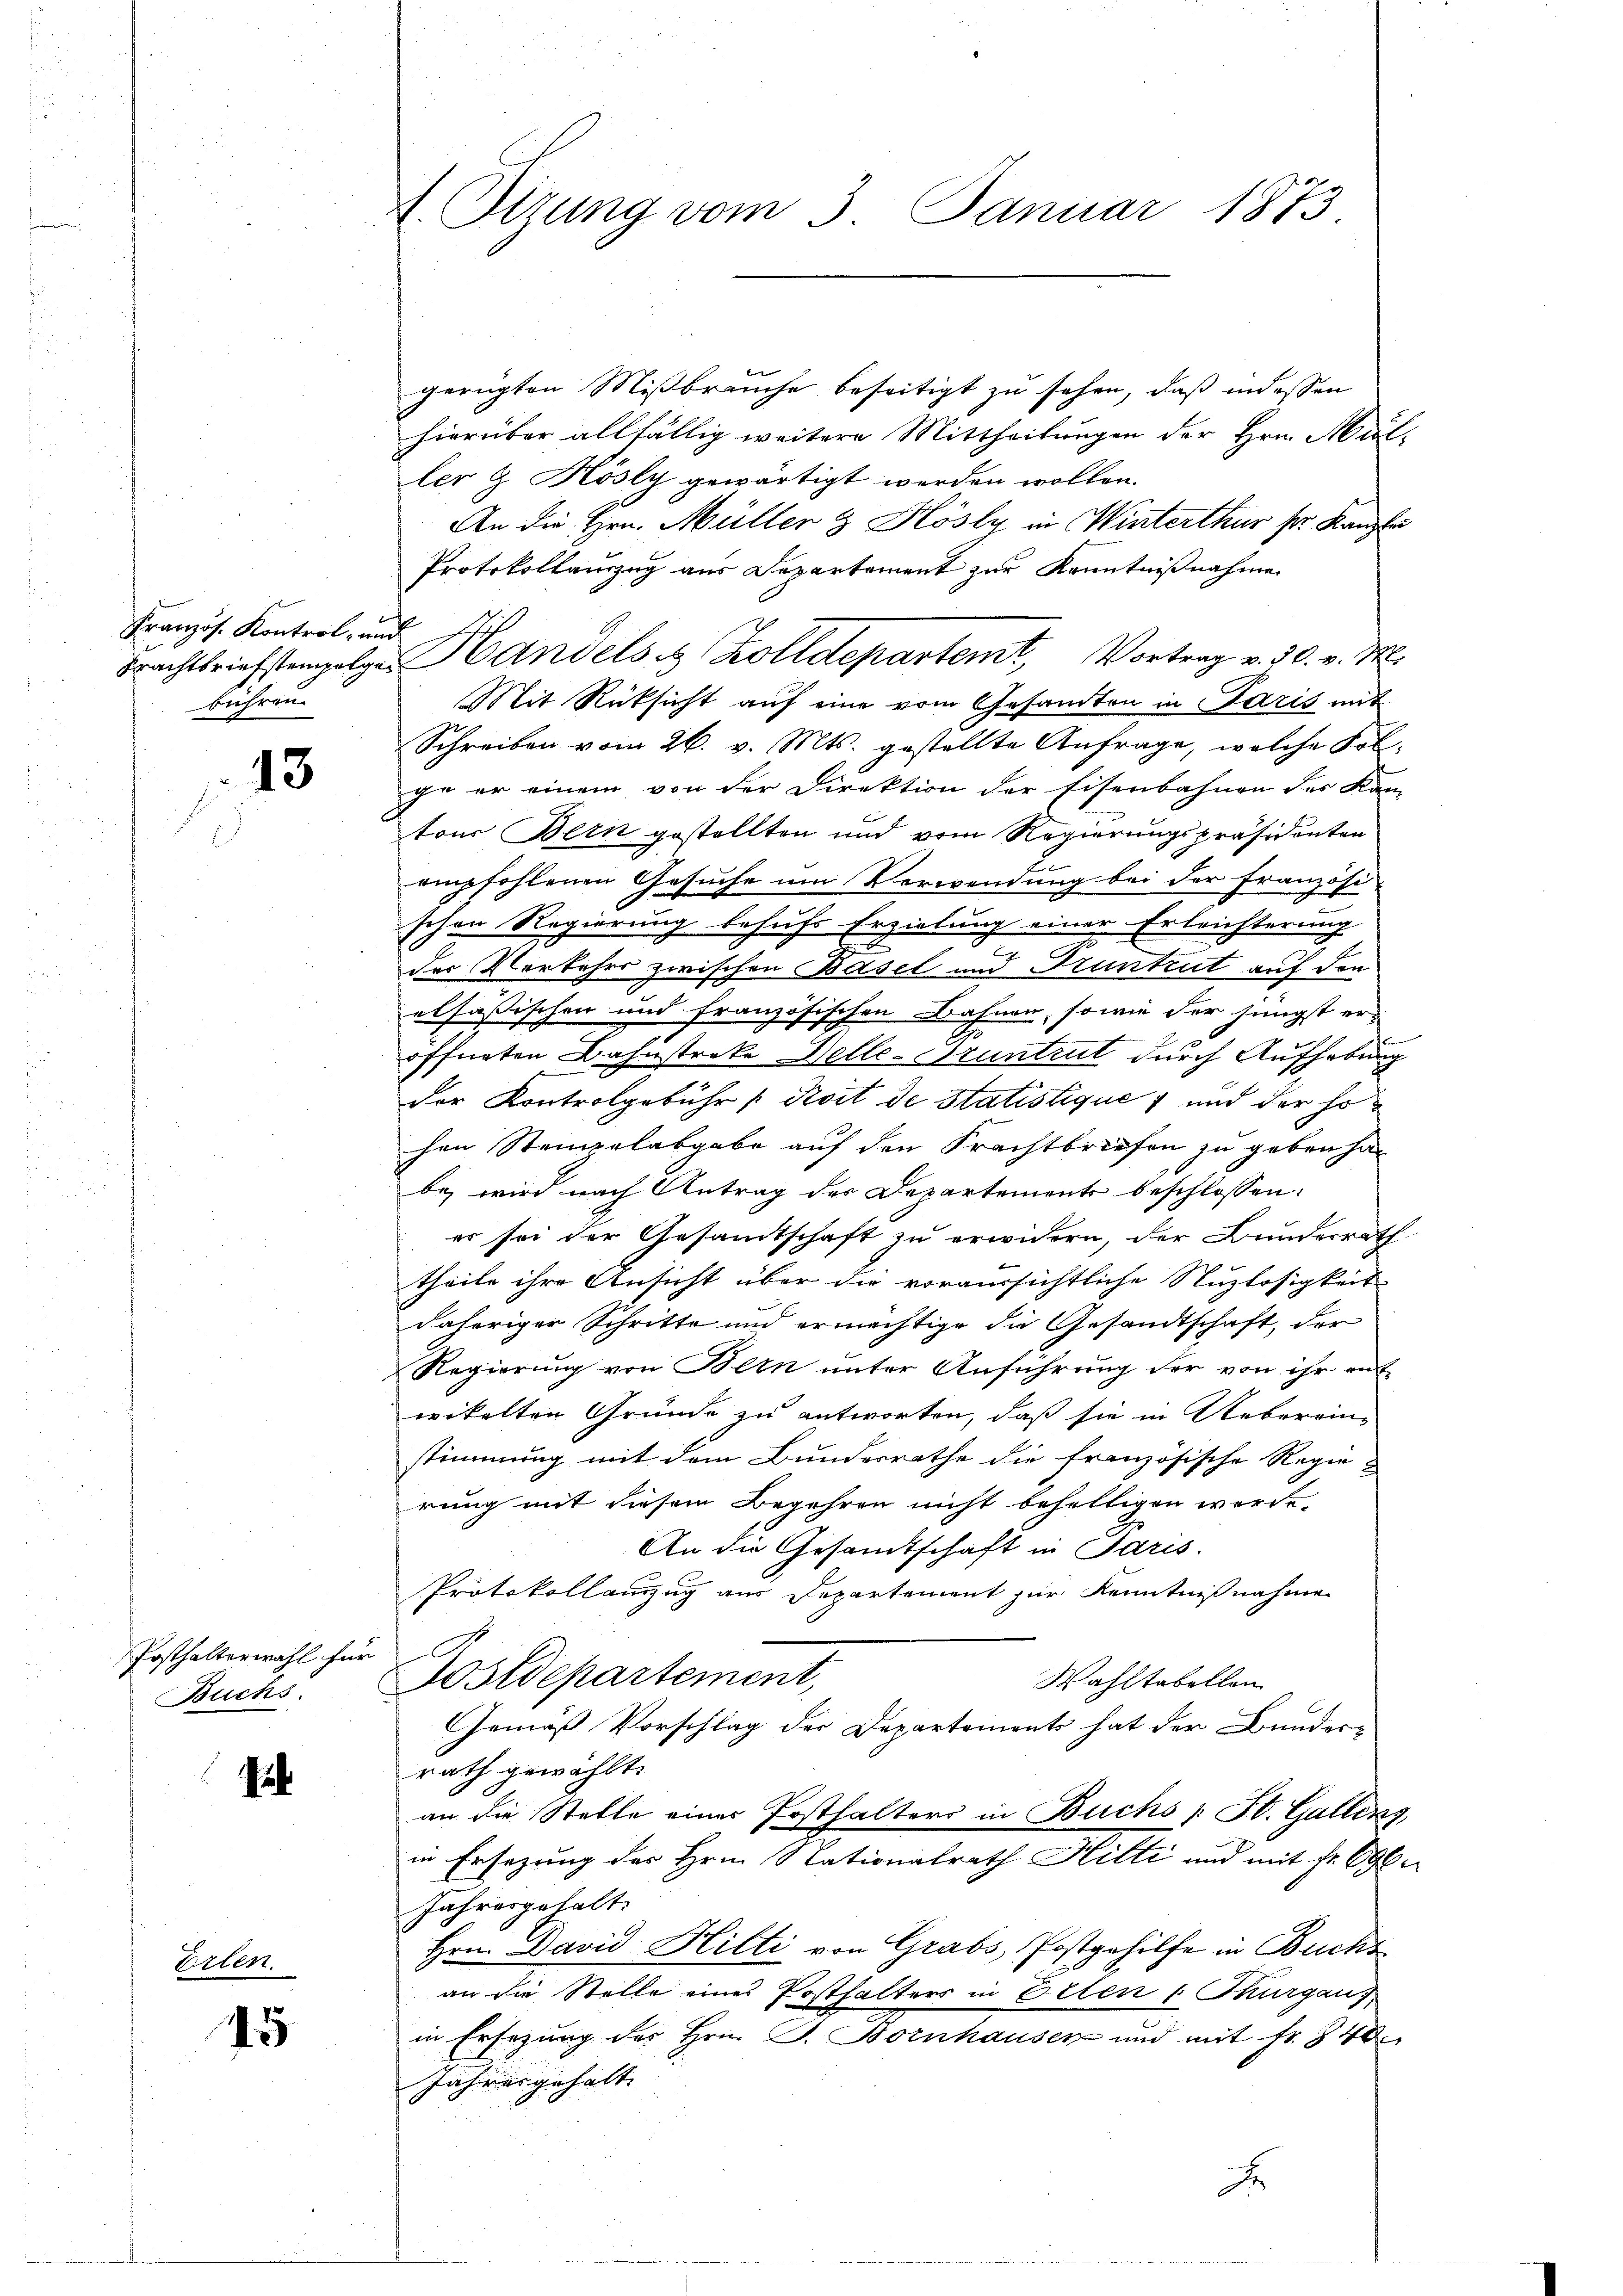
Französ. Kontrol- und
führen

13

Posthalterwahl für
Buchs.

.

Eirten.
45

gerügten Mißbrauche beseitigt zu sehen, daß indessen
hierüber allfällig weitere Mittheilungen der Hrn. Muller & Hösly gewärtigt worden wollen.
An die Hrn. Müller & Hösly in Winterthur ser Kanzle
Protokollauszug aus Departement zur Kenntnißnahme
Frachtbriefstenfolger Handels 8 Zolldepartemt, Vortrag v. 30. v. M.
Mit Rücksicht auf eine vom Gesandten in Paris mit
Schreiben vom 26. v. Mts. gestellte Anfrage, welche Folge er einem von der Direktion der Eisenbahnen des Kam
tour Bern gestellten und vom Regierungspräsidenten
E
empfohlenen Gesuche um Verwendung bei der Französi-
schen Regierung behufs Erzielung einer Erleichterung
a
der Verkehrs zwischen Basel und Druntrut auf den
elsässischen und französischen Bahnen, sowie der jüngst er-
öffneten Bahnstreke Helle- Pruntrut durch Aufhebung
der Kontrolgebühr (Roit de Statistique, und der Hohen Stempelabgabe auf den Frachtbriefen zu geben ha
be, wird nach Antrag der Departements beschlossen:
er sei der Gesamtschaft zu erwidern, der Bundesrath
theile ihre Ansicht über die voraussichtliche Nuzlosigkeit
daheriger Schritte und ermächtige die Gesandtschaft, der
Regierung von Bern unter Anführung der von ihr ent-
wikelten Gründe zu antworten, daß sie in Ueberein-
stimmung mit dem Bundesrathe die französische Regierung mit diesem Begehren nicht behelligen werde,
An die Gesamtschaft in Paris.
Protokollauzug aus Departement zur Kenntnißnahme
Wostdepartement,
Wahltabellen
Gemäß Vorschlag der Departements hat der Bundesrath gewählt.
an die Stelle einer Posthalters in Buchs /: St. Gallens,
in Ersezung des Hrn. Nationalrath Hilti und mit fr. 696.
Jahresgehalt.
Hrn. David Hilti von Grabs, Postgehilfe in Buchs
an die Stelle eines Posthalters in Erten v Thurgaus
in Ersezung des Hrn. G. Bornhausen und mit Fr. 840
Jahres gehalte |
F

f. Sizung vom 3. Januar 1873